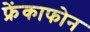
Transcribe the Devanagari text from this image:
फ्रेंकाफोन